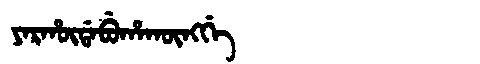
Manchu: ᠶᠠᡵᡥᡡᡩᠠᠪᡠᡥᠠᡴᡡᠩᡤᡝ
Romanization: YARHŪDABUHAKŪNGGE